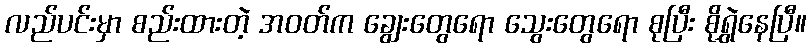
လည်ပင်းမှာ စည်းထားတဲ့ အဝတ်က ချွေးတွေရော သွေးတွေရော စုပြီး စိုရွှဲနေပြီ။